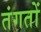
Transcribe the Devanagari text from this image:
तंगतों